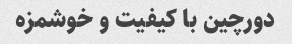
دورچین با کیفیت و خوشمزه